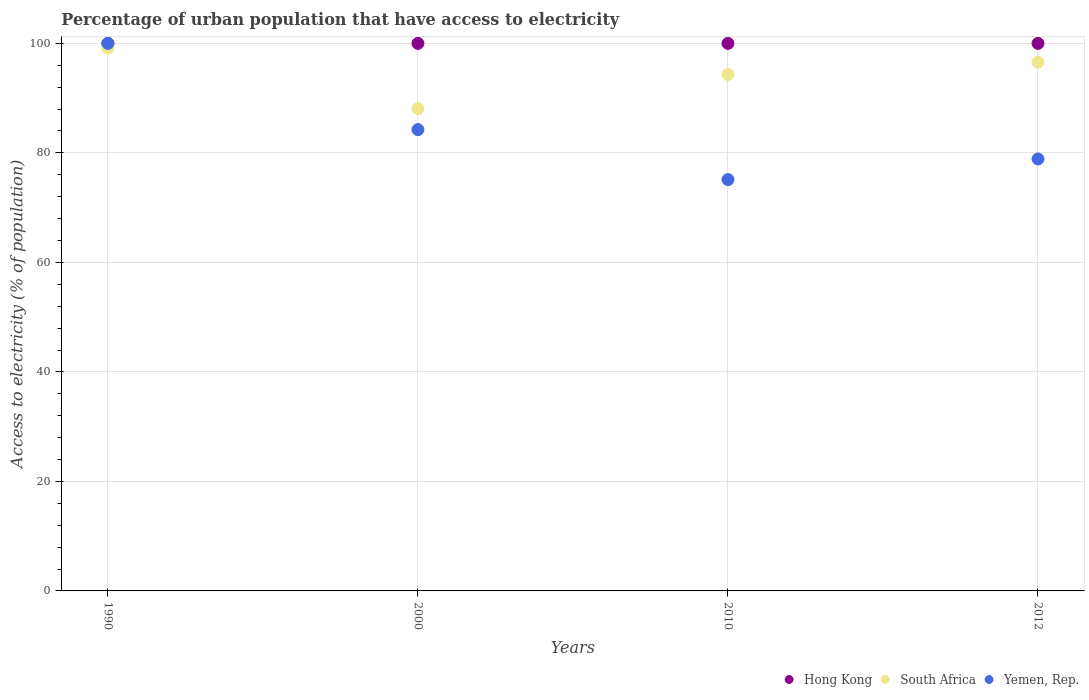
| Years | Hong Kong | South Africa | Yemen, Rep. |
 | --- | --- | --- | --- |
 | 1990 | 100 | 99.1 | 100 |
 | 2000 | 100 | 88.1 | 84.2 |
 | 2010 | 100 | 94.3 | 75.1 |
 | 2012 | 100 | 96.6 | 78.9 |